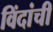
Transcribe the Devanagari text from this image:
विंदांची